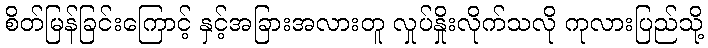
စိတ်မြန်ခြင်းကြောင့် နှင့်အခြားအလားတူ လှုပ်နှိုးလိုက်သလို ကုလားပြည်သို့